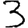
Digit: 3